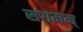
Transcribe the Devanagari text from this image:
संगमम्